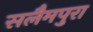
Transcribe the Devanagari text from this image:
सलैमपुरा